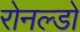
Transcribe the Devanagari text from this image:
रोनल्डो